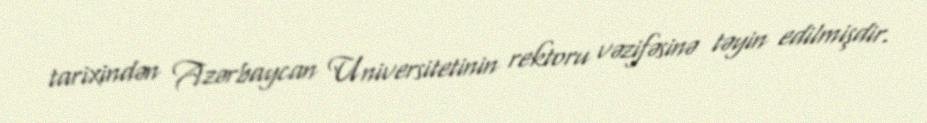
tarixindən Azərbaycan Universitetinin rektoru vəzifəsinə təyin edilmişdir.